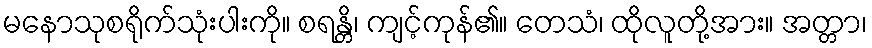
မနောသုစရိုက်သုံးပါးကို။ စရန္တိ၊ ကျင့်ကုန်၏။ တေသံ၊ ထိုလူတို့အား။ အတ္တာ၊